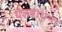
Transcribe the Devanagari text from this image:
यज्ञप्रार्थना